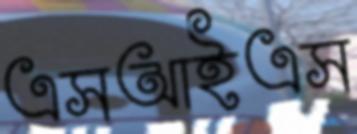
এসআইএস